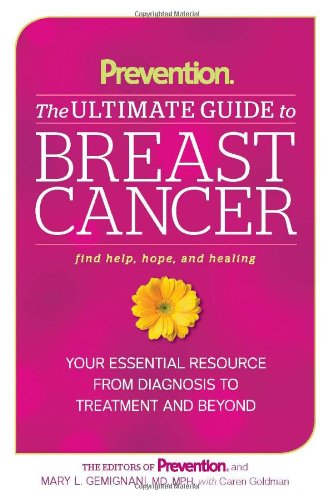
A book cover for Prevention The Ultimate Guide to Breast Cancer: Your Essential Resource from Diagnosis to Treatment and Beyond; Mary L. Gemignani; Health, Fitness & Dieting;